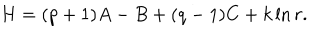
LaTeX: H = ( p + 1 ) A - B + ( q - 1 ) C + k \ln r .